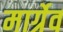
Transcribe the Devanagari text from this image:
मार्ग्रेव